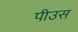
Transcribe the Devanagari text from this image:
पीउस